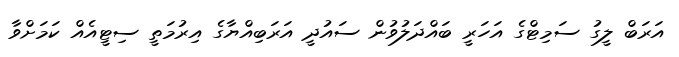
އަރަބް ލީގު ސަމިޓްގެ އަހަރީ ބައްދަލުވުން ސައުދީ އަރަބިއްޔާގެ އިރުމަތީ ސިޓީއެއް ކަމަށްވާ